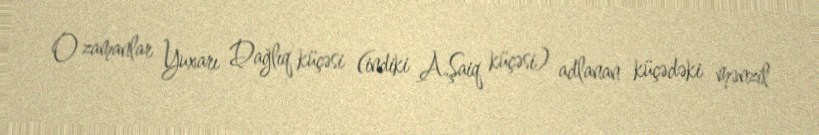
O zamanlar Yuxarı Dağlıq küçəsi (indiki A.Şaiq küçəsi) adlanan küçədəki mənzil